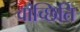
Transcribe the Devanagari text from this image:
वांच्छिति